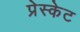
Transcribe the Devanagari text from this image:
प्रेस्केट